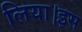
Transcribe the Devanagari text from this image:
लिया।इस